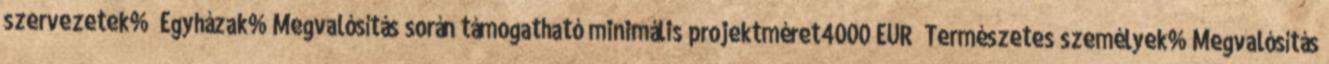
szervezetek% ▪Egyházak%▪Megvalósítás során támogatható minimális projektméret4000 EUR ▪Természetes személyek%▪Megvalósítás